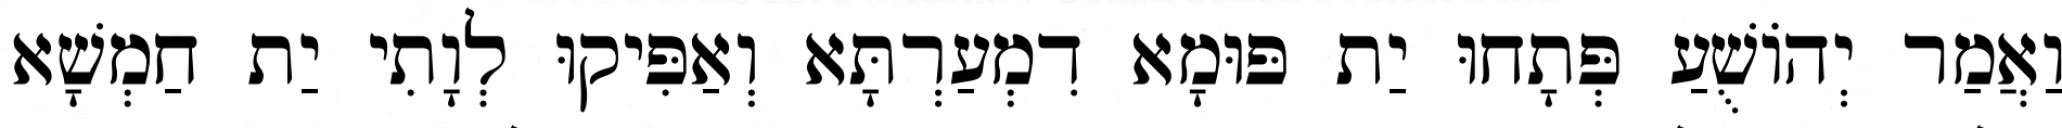
וַאֲמַר יְהוֹשֻׁעַ פְּתָחוּ יַת פּוּמָא דִמְעַרְתָּא וְאַפִּיקוּ לְוָתִי יַת חַמְשָׁא